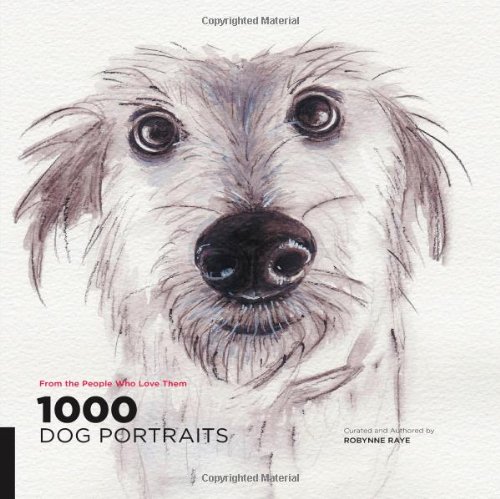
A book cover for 1000 Dog Portraits: From the People Who Love Them (1000 Series); Robynne Raye; Arts & Photography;